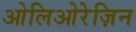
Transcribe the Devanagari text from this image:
ओलिओरेज़िन